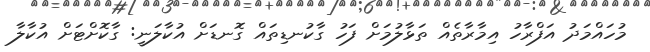
މުހައްމަދު އަފްރާހު އިމާރާތެއް ތަޅާލުމަށް ފަހު ގާކުނޑިތައް ގޮނޑަށް އުކާލަނީ: ގާކޮށްޓަށް އުކާލާ